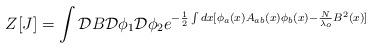
LaTeX: \begin{align*}Z[J]=\int{\cal D}B{\cal D}\phi_{1}{\cal D}\phi_{2}e^{-\frac{1}{2} \int dx [\phi_{a}(x)A_{ab}(x)\phi_{b}(x)-\frac{N}{\lambda_{o}}B^2(x)]}\end{align*}